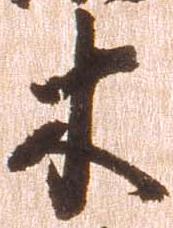
木